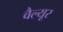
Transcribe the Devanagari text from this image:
वैल्यूर